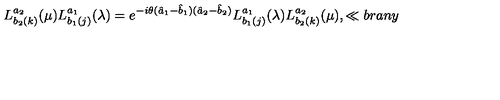
L _ { b _ { 2 } ( k ) } ^ { a _ { 2 } } ( \mu ) L _ { b _ { 1 } ( j ) } ^ { a _ { 1 } } ( \lambda ) = e ^ { - i \theta ( \hat { a } _ { 1 } - \hat { b } _ { 1 } ) ( \hat { a } _ { 2 } - \hat { b } _ { 2 } ) } L _ { b _ { 1 } ( j ) } ^ { a _ { 1 } } ( \lambda ) L _ { b _ { 2 } ( k ) } ^ { a _ { 2 } } ( \mu ) , \ll { b r a n y }